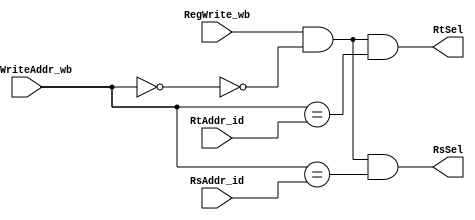
`timescale 1ns / 1ps
//////////////////////////////////////////////////////////////////////////////////
// Company: 
// Engineer: 
// 
// Design Name: 
// Module Name: RsSel_RtSel
// Project Name: 
// Target Devices: 
// Tool Versions: 
// Description: 
// 
// Dependencies: 
// 
// Revision:
// Revision 0.01 - File Created
// Additional Comments:
// 
//////////////////////////////////////////////////////////////////////////////////


module RsSel_RtSel(
	RegWrite_wb,RegWriteAddr_wb,RsAddr_id,RtAddr_id,RsSel,RtSel
	);
	
	input  RegWrite_wb;
	input  [4:0] RegWriteAddr_wb;
	input  [4:0] RsAddr_id;
	input  [4:0] RtAddr_id;
	output  RsSel;
	output  RtSel;
	
	assign RsSel=RegWrite_wb&&(~(RegWriteAddr_wb==5'b0))&&(RegWriteAddr_wb==RsAddr_id);
	assign RtSel=RegWrite_wb&&(~(RegWriteAddr_wb==5'b0))&&(RegWriteAddr_wb==RtAddr_id);

		
endmodule